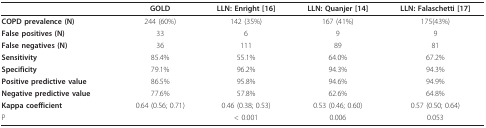
<table><thead><tr><td>[EMPTY_CELL]</td><td><b>GOLD</b></td><td><b>LLN: Enright [16]</b></td><td><b>LLN: Quanjer [14]</b></td><td><b>LLN: Falaschetti [17]</b></td></tr></thead><tbody><tr><td><b>COPD prevalence (N)</b></td><td>244 (60%)</td><td>142 (35%)</td><td>167 (41%)</td><td>175(43%)</td></tr><tr><td><b>False positives (N)</b></td><td>33</td><td>6</td><td>9</td><td>9</td></tr><tr><td><b>False negatives (N)</b></td><td>36</td><td>111</td><td>89</td><td>81</td></tr><tr><td><b>Sensitivity</b></td><td>85.4%</td><td>55.1%</td><td>64.0%</td><td>67.2%</td></tr><tr><td><b>Specificity</b></td><td>79.1%</td><td>96.2%</td><td>94.3%</td><td>94.3%</td></tr><tr><td><b>Positive predictive value</b></td><td>86.5%</td><td>95.8%</td><td>94.6%</td><td>94.9%</td></tr><tr><td><b>Negative predictive value</b></td><td>77.6%</td><td>57.8%</td><td>62.6%</td><td>64.8%</td></tr><tr><td><b>Kappa coefficient</b></td><td>0.64 (0.56; 0.71)</td><td>0.46 (0.38; 0.53)</td><td>0.53 (0.46; 0.60)</td><td>0.57 (0.50; 0.64)</td></tr><tr><td>P</td><td>[EMPTY_CELL]</td><td>&lt; 0.001</td><td>0.006</td><td>0.053</td></tr></tbody></table>